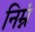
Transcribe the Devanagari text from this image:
निम्नं